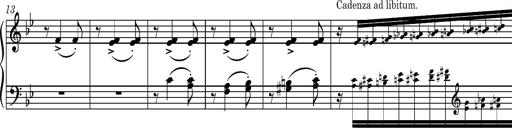
Title: Ungarische Nationalmelodien, S.243
Composer: Franz Liszt